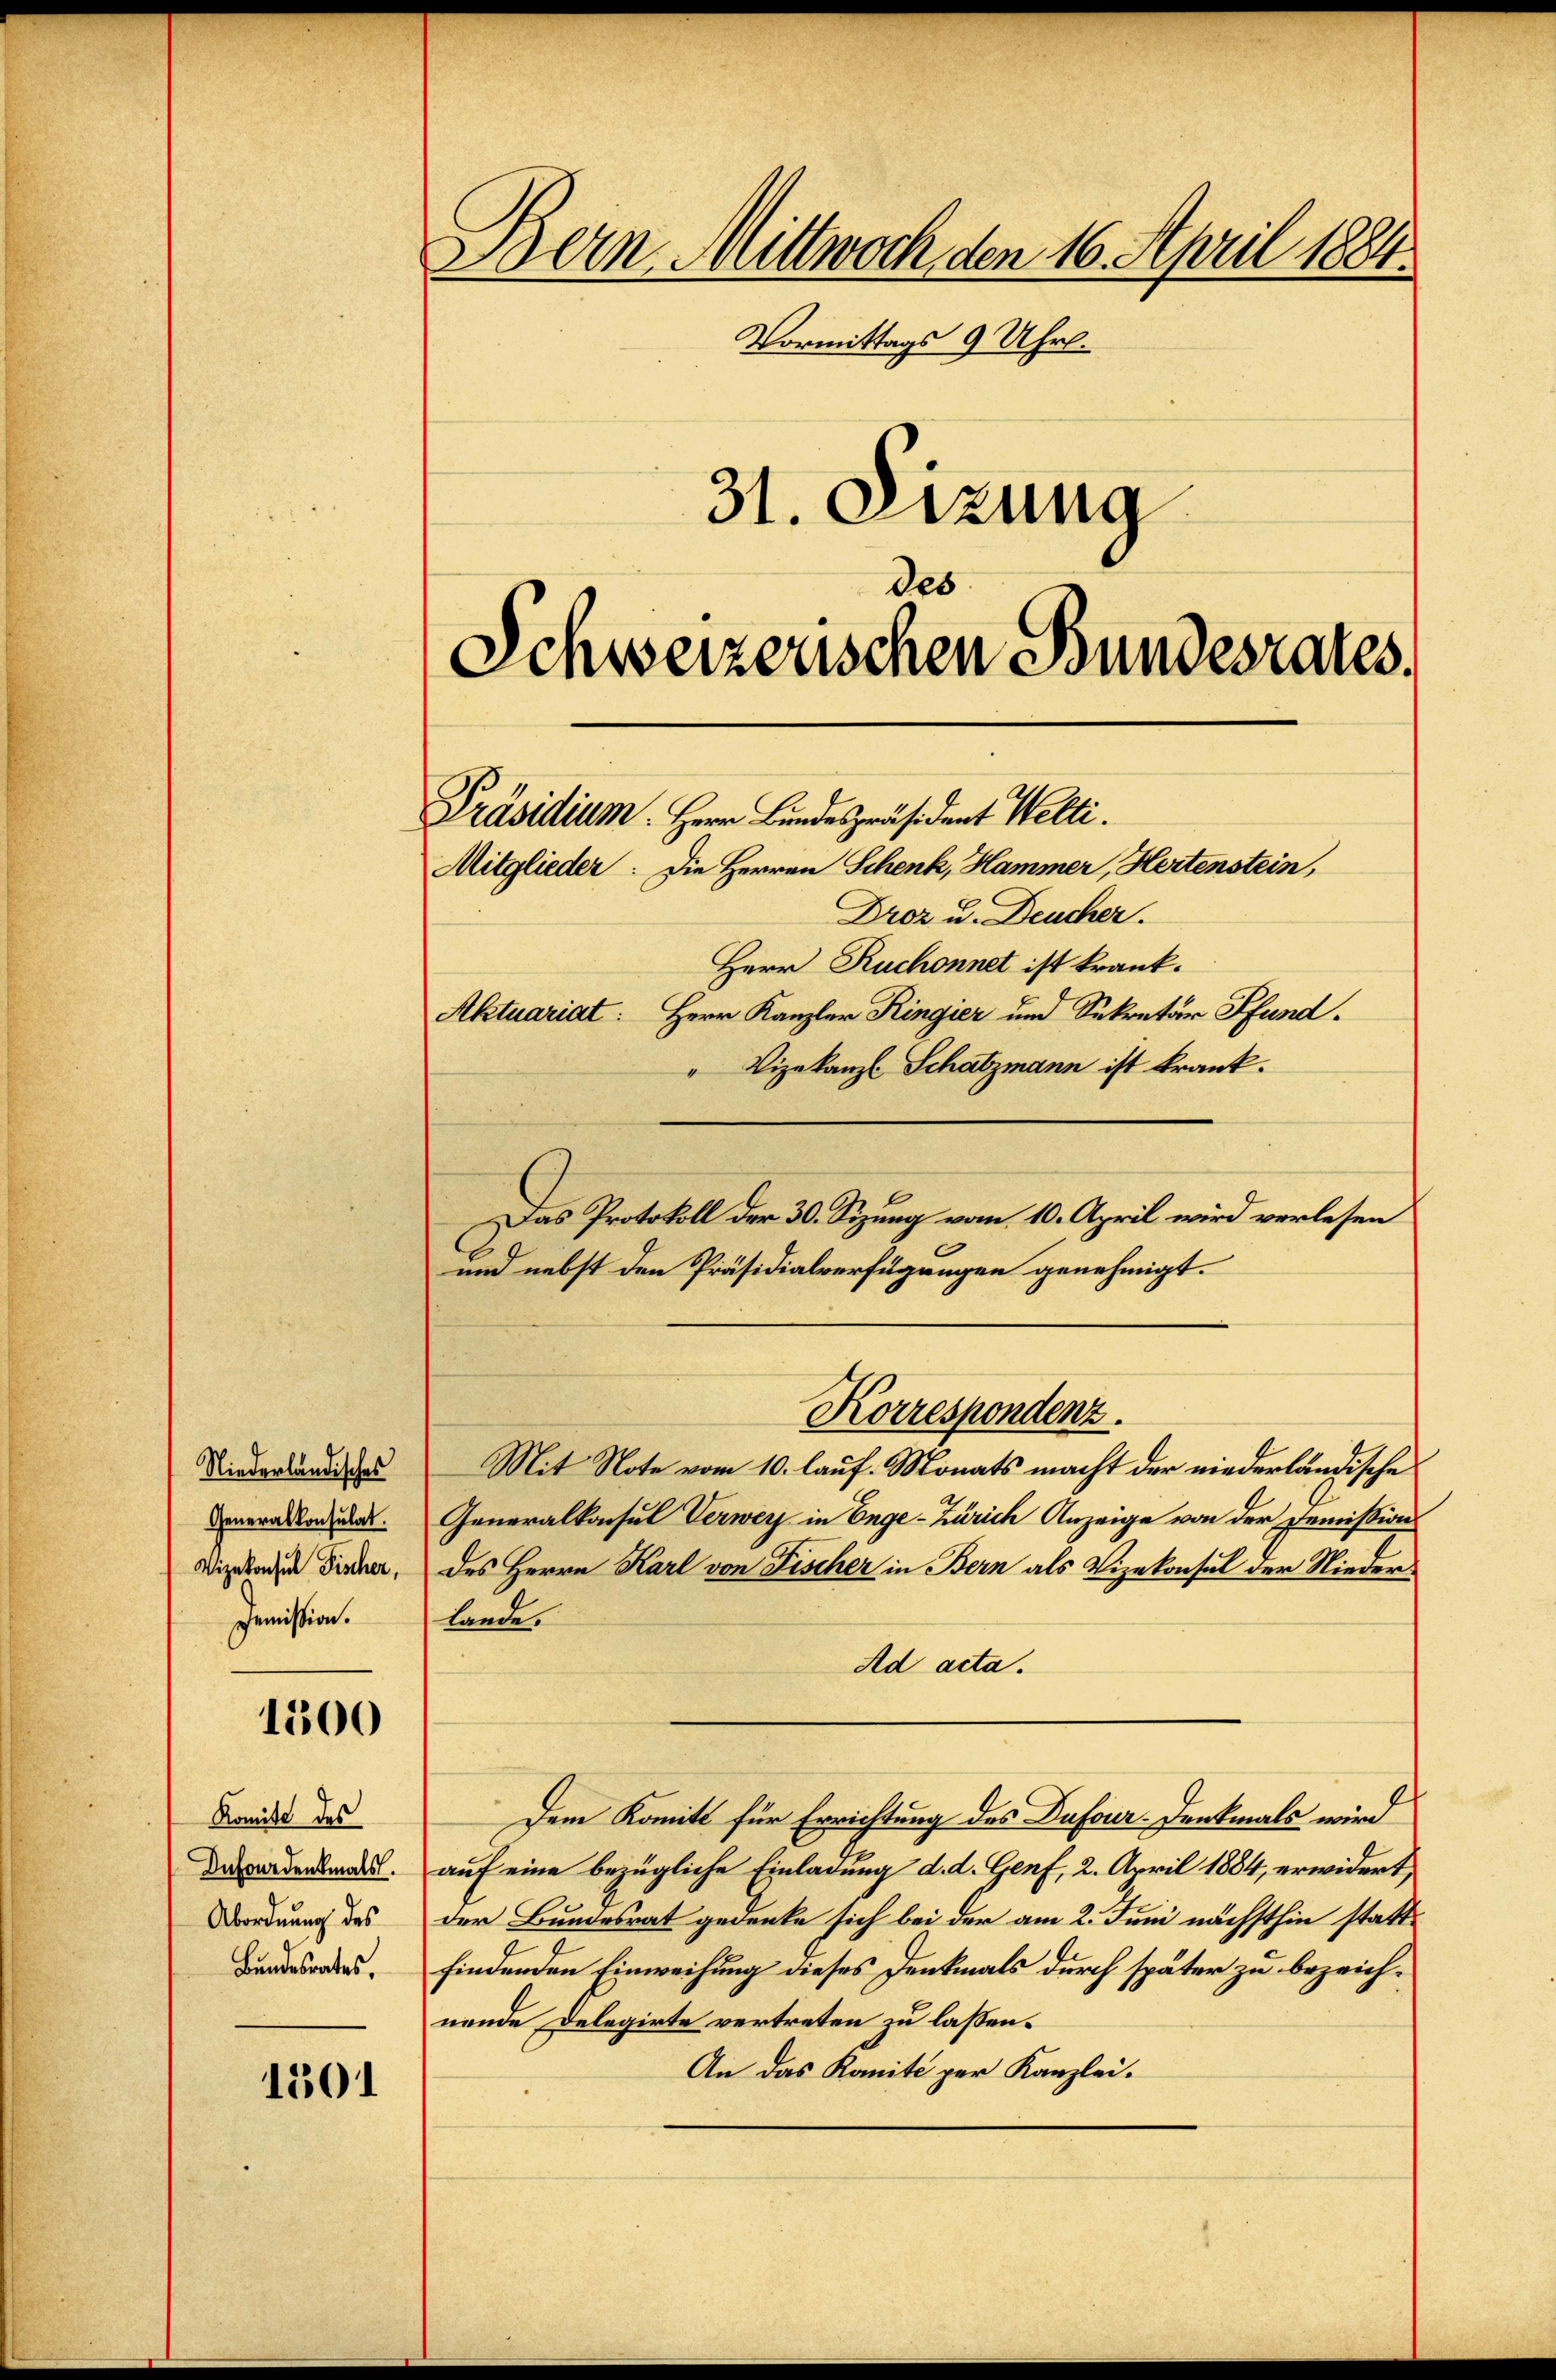
Niederländisches
Generalkonsulat.
Vizekonsul Fischer,
Demission.

1300

Komite des
Infordenkmals.
Abordnung des
Bundesrates.

1501

Bern Mittwoch den 16. April 1884.
Vormittags 9 Uhrl.
31. Dezung
Schweizerischen Bundesrates.
Präsidium. Herr Bundespräsident Welti.
Mitglieder: Die Herren Schenk, Hammer, Hertenstein,
Droz. u. Deucher.
Herr Ruchonnet ist krank.
Aktuariat: Herr Kanzler Ringier und Sekretär Pfund¬
" Vizekanzl Schatzmann ist krank.

des

Mit Note vom 10. lauf. Monats macht der niederländische
Generalkonsul Verwer in Enge-Zürich Anzeige von der Demissions
des Herrn Karl von Fischer in Bern als Vizekonsul der Niederlande.
Ad acta.
Dem Komitt für Errichtung des Dufour-Denkmals wird
auf eine bezügliche Einladung d. d. Genf, 2. April 1884, erwidert,
der Bundesrat gedenke sich bei der am 2. Juni nächsthin stattfindenden Einweisung dieses Denkmals durch später zu bezeichnende Delegirte vertreten zu lassen.
An das Konité per Kanzlei.

Das Protokoll der 30. Sizung vom 10. April wird verlesen
und nebst den Präsidialverfügungen genehmigt.

Korrespondenz.